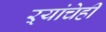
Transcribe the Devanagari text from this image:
ऱ्यांचेही